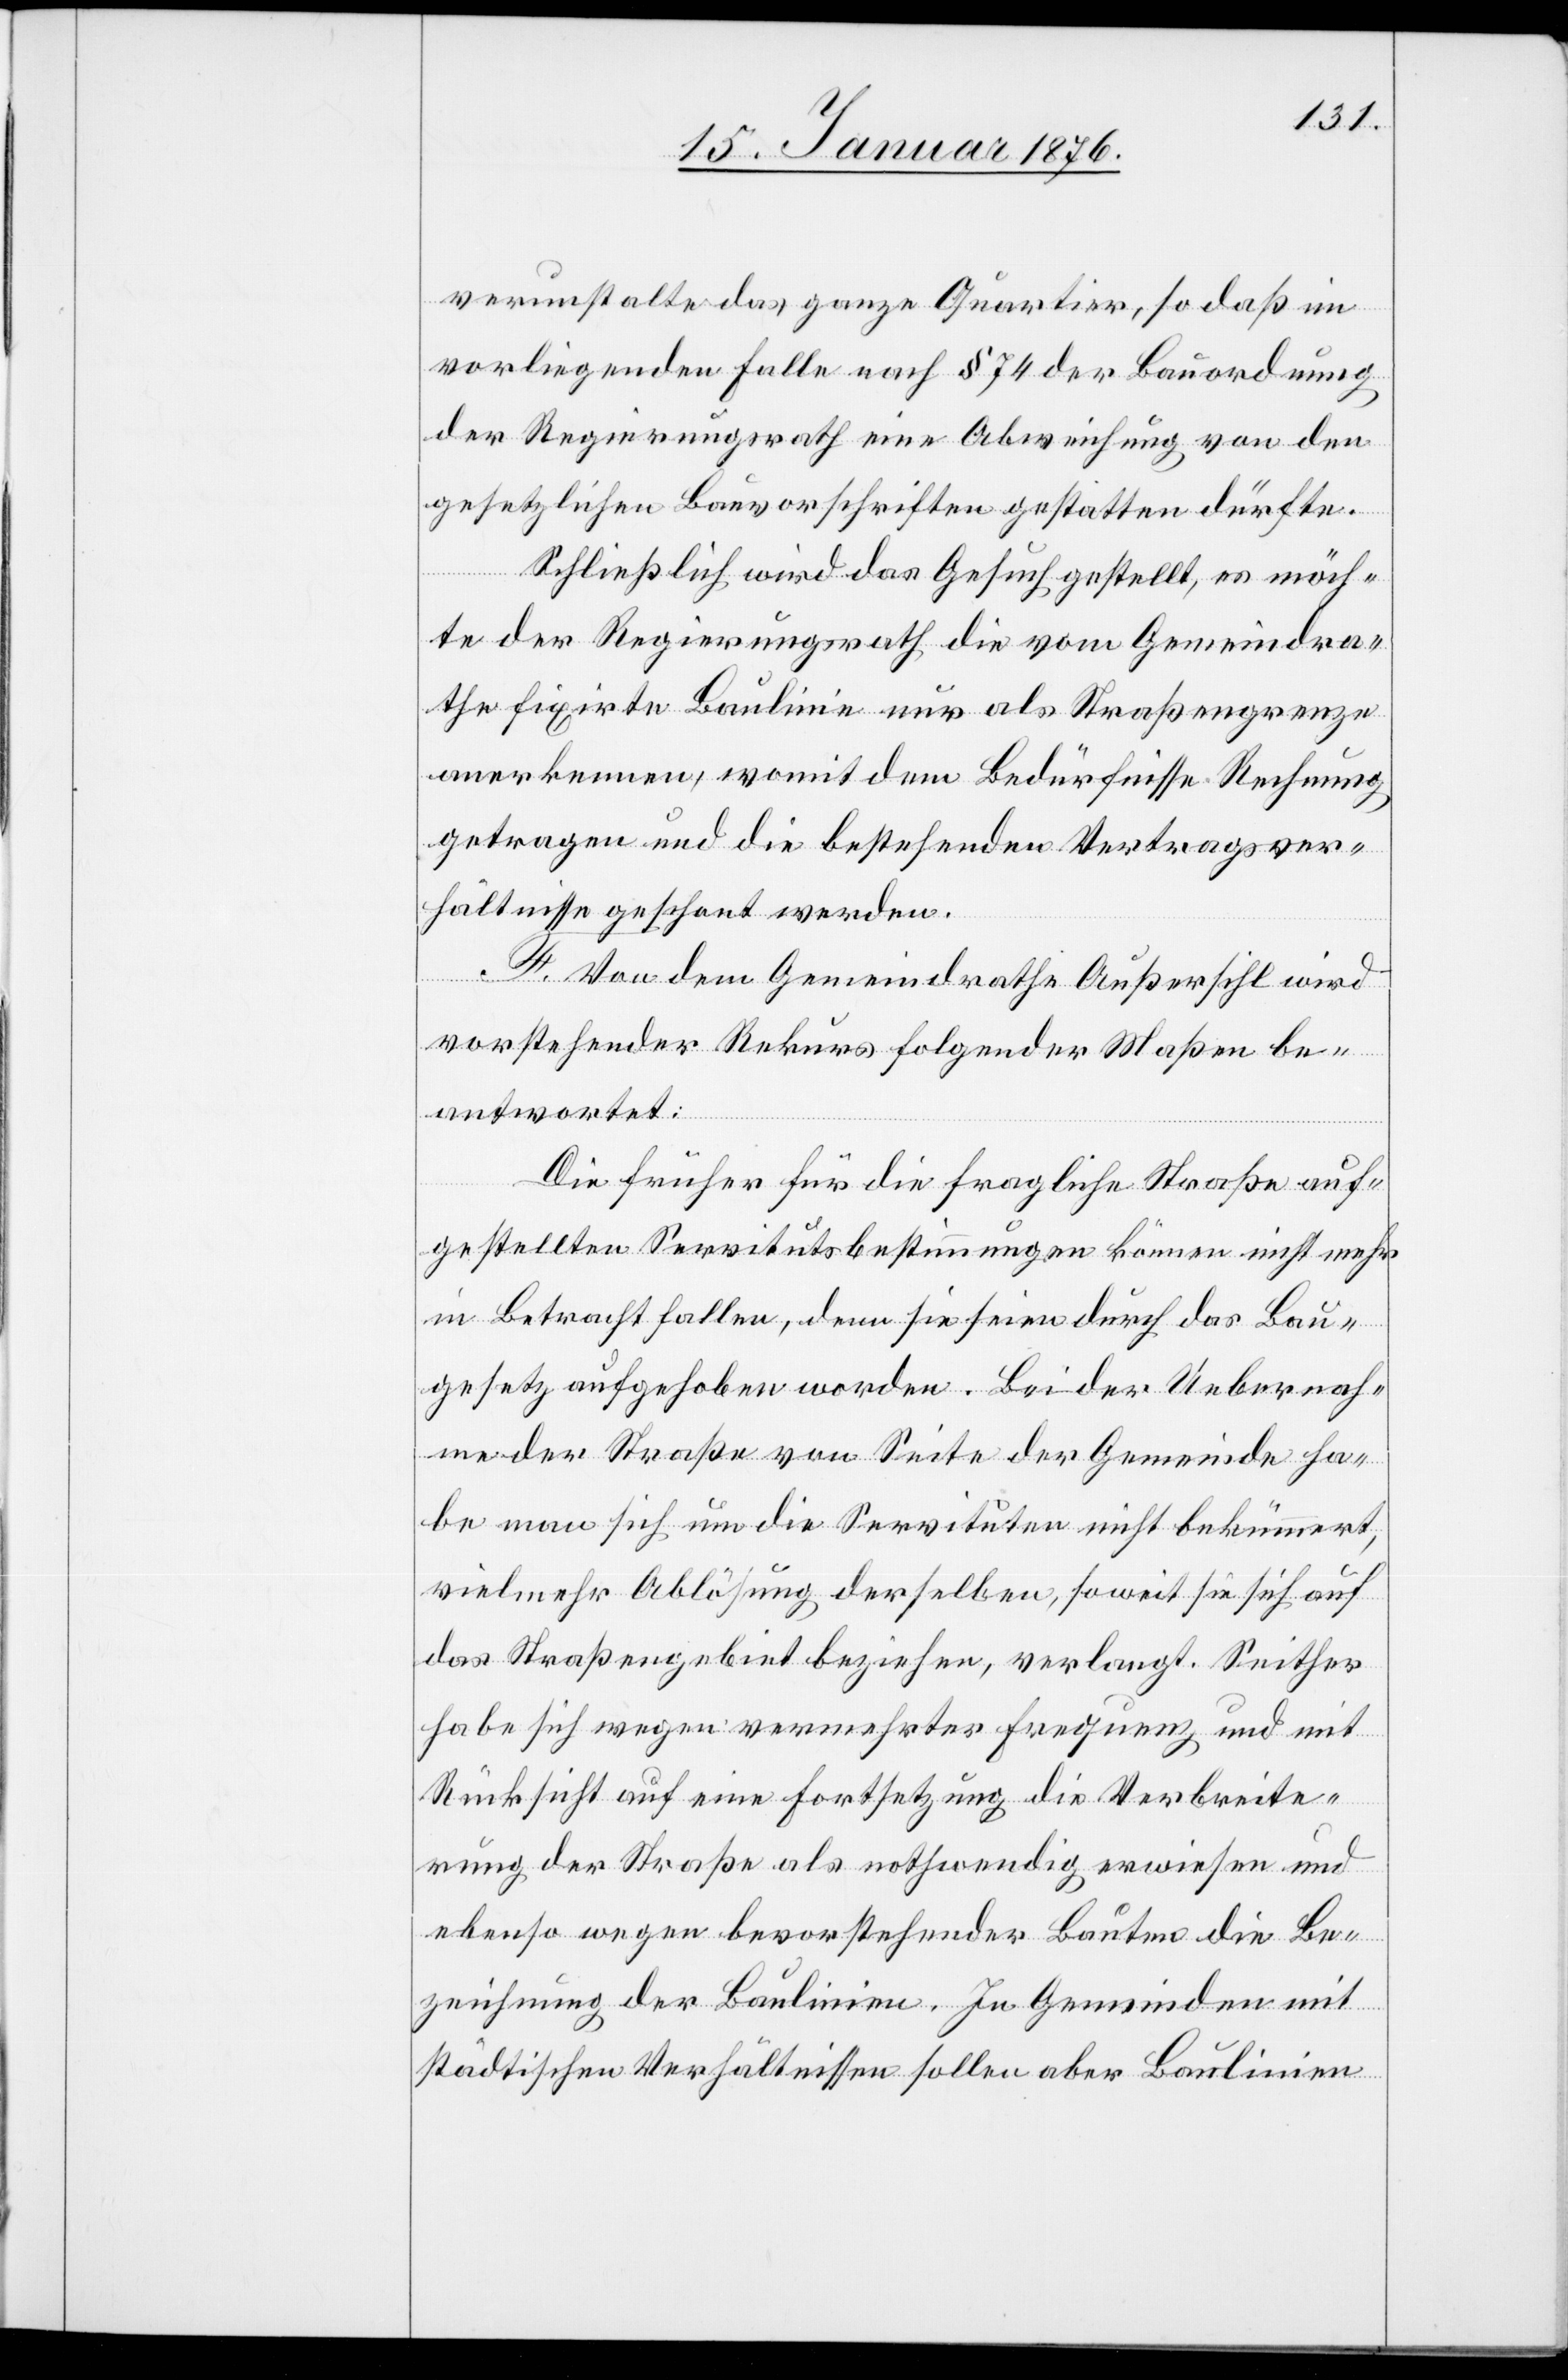
verunstalte das ganze Quartier, so daß im
vorliegenden Falle nach § 74 der Bauordnung
der Regierungsrath eine Abweichung von den
gesetzlichen Bauvorschriften gestatten dürfte.
Schließlich wird das Gesuch gestellt, es möch¬
te der Regierungsrath die vom Gemeindra¬
the fixirte Baulinie nur als Straßengrenze
anerkennen, womit dem Bedürfnisse Rechnung
getragen und die bestehenden Vertragsver¬
hältnisse geschont werden.
F. Von dem Gemeindrathe Außersihl wird
vorstehender Rekurs folgender Maßen be¬
antwortet:
Die früher für die fragliche Straße auf¬
gestellten Servitutsbestimmungen können nicht mehr
in Betracht fallen, denn sie seien durch das Bau¬
gesetz aufgehoben worden. Bei der Uebernah¬
me der Straße von Seite der Gemeinde ha¬
be man sich um die Servituten nicht bekümmert,
vielmehr Ablösung derselben, so weit sie sich auf
das Straßengebiet beziehen, verlangt. Seither
habe sich wegen vermehrter Frequenz und mit
Rücksicht auf eine Fortsetzung die Verbreite¬
rung der Straße als nothwendig erweisen und
ebenso wegen bevorstehender Bauten die Be¬
zeichnung der Baulinien. In Gemeinden mit
städtischen Verhältnissen sollen aber Baulinien